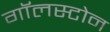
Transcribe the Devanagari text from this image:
गॉलस्टोन